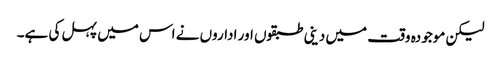
لیکن موجودہ وقت میں دینی طبقوں اور اداروں نے اس میں پہل کی ہے۔